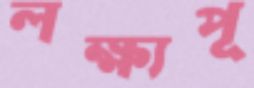
লক্ষ্যপূ